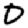
Digit: 0